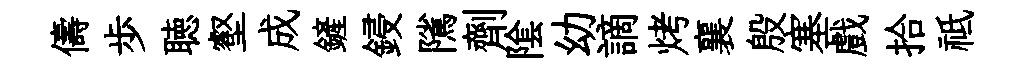
儔歩聴壑成鏟鋟隲劑隂幼謫烤襄殷塞戲拾祗